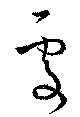
處